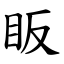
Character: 眅